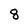
Character: 8